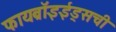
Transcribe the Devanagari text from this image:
फायब्रॉइईड्‌सची